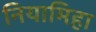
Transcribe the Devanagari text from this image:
नियामिहा